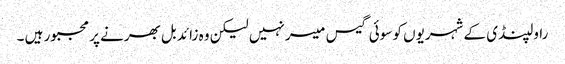
راولپنڈی کے شہریوں کو سوئی گیس میسر نہیں لیکن وہ زائد بل بھرنے پر مجبور ہیں ۔